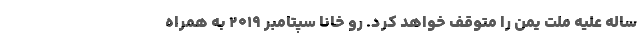
ساله علیه ملت یمن را متوقف خواهد کرد. رو خانا سپتامبر ۲۰۱۹ به همراه